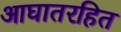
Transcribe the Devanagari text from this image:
आघातरहित